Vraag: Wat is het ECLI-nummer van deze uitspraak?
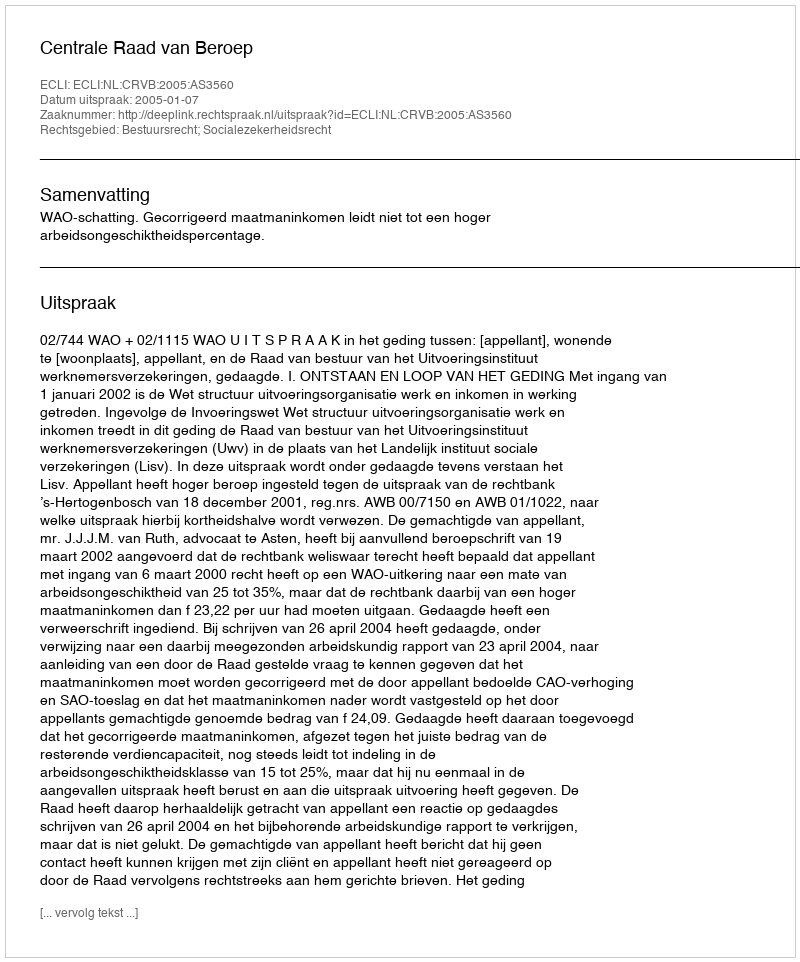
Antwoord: ECLI:NL:CRVB:2005:AS3560